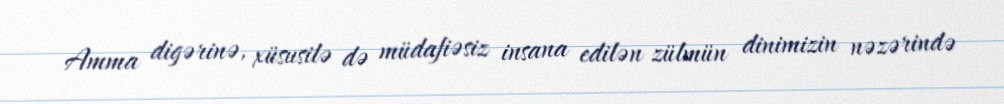
Amma digərinə, xüsusilə də müdafiəsiz insana edilən zülmün dinimizin nəzərində